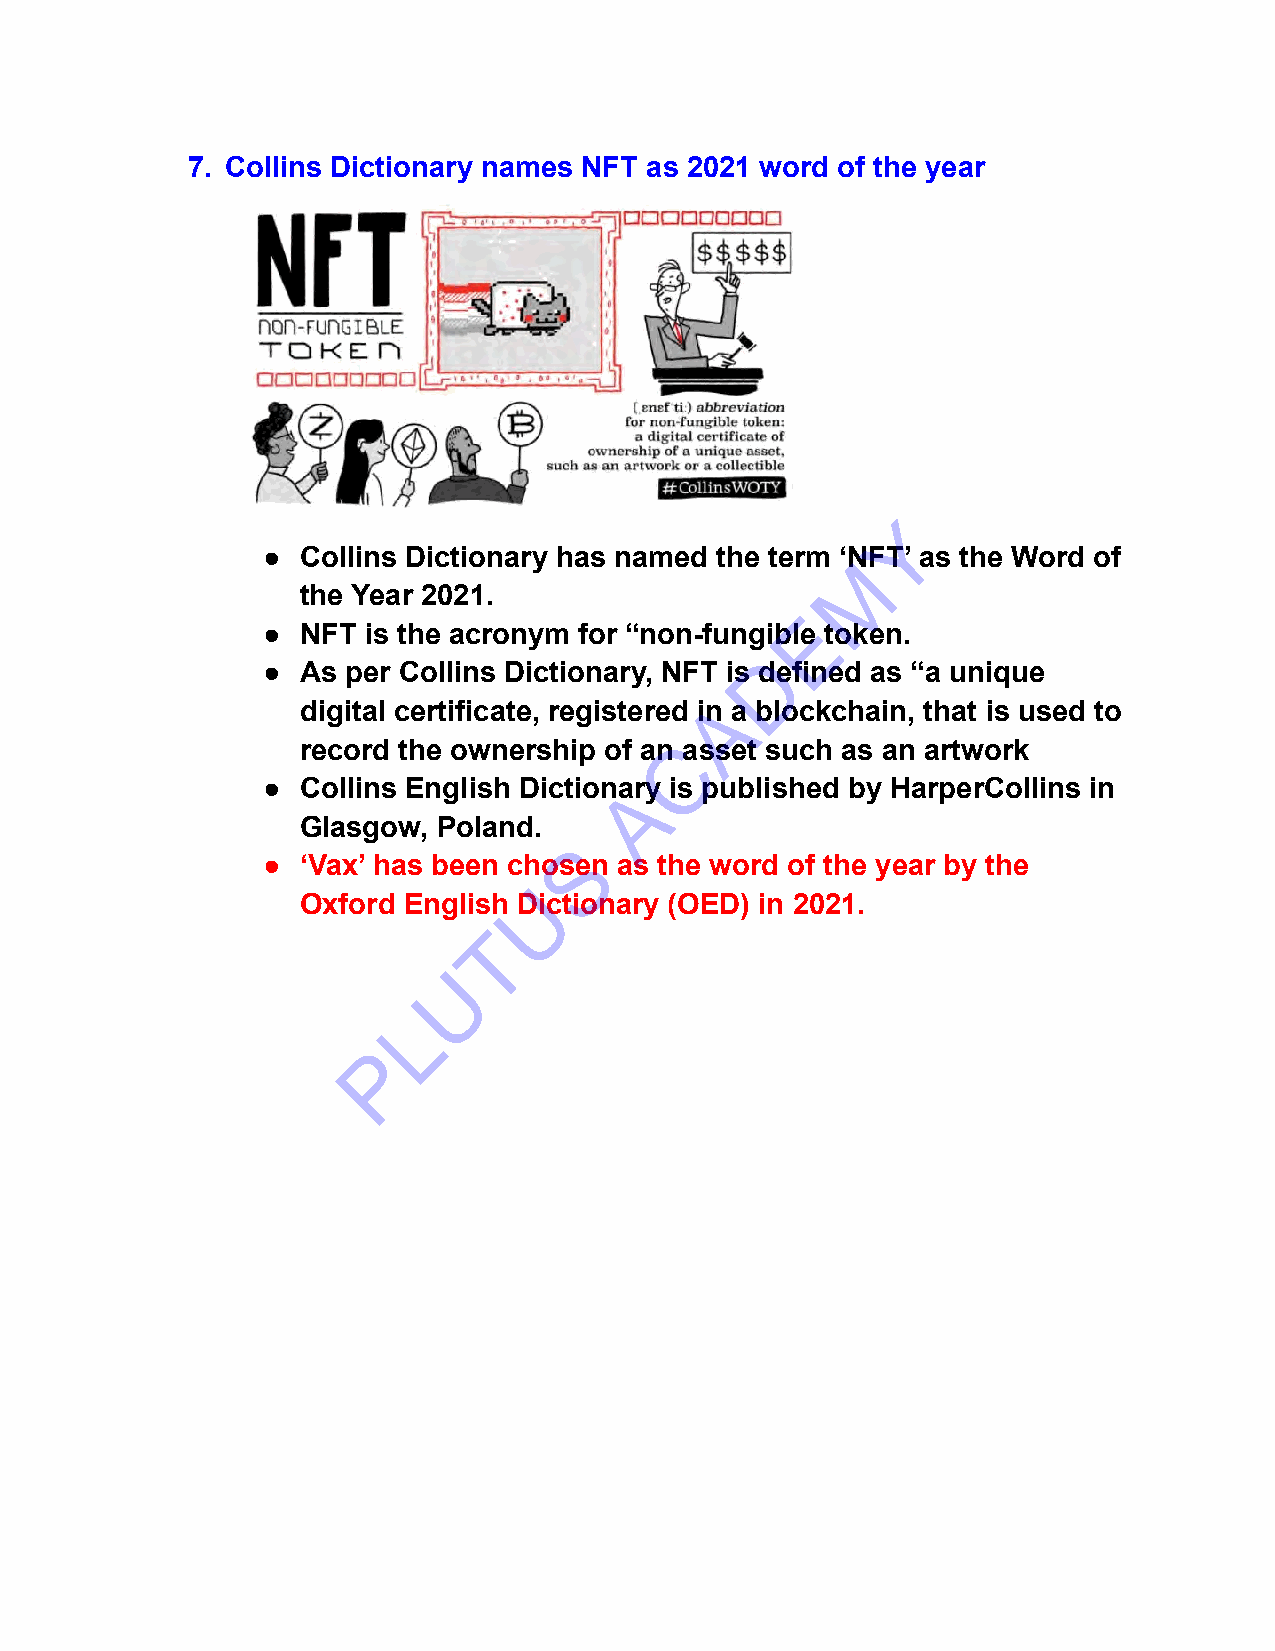
7. Collins Dictionary names NFT as 2021 word of the year
 Y
 ●  Collins Dictionary has named the term ‘NMFT’ as the Word of
 the Year 2021.
 E
 ●  NFT is the acronym for “non-fungible token.
 D
 ●  As per Collins Dictionary, NFT is defined as “a unique
 A
 digital certificate, registered in a blockchain, that is used to
 C
 record the ownership of an asset such as an artwork
 ●  Collins English DictionaAry is published by HarperCollins in
 Glasgow, Poland.
 S
 ●  ‘Vax’ has been chosen as the word of the year by the
 U
 Oxford English Dictionary (OED) in 2021.
 T
 U
 L
 P